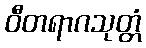
ဝီတရာဂသုတ္တံ